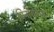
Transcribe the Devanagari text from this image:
निनगिरूस